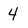
Character: 4